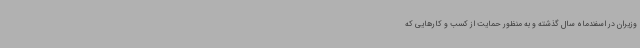
وزیران در اسفندماه سال گذشته و به منظور حمایت از کسب و کارهایی که